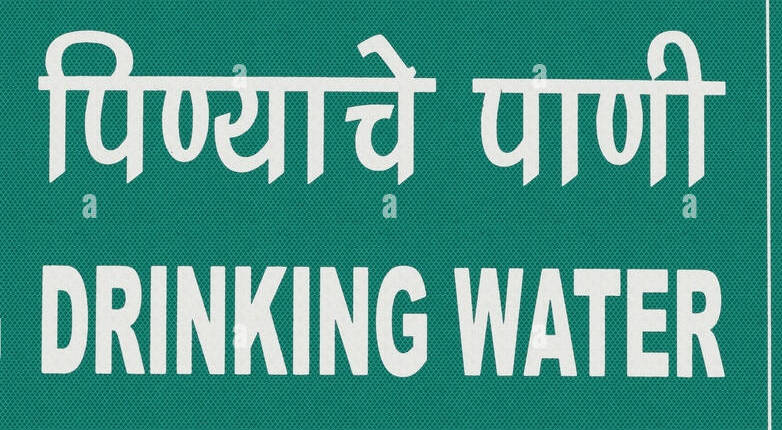
Language: marathi
Transcription: पिण्याचे पाणी